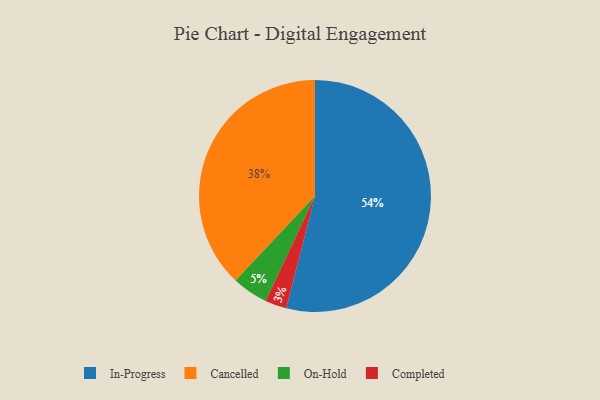
{"axis": {"x": "Category", "y": "Percentage"}, "legend": ["Cancelled", "Completed", "In-Progress", "On-Hold"], "data": [{"x": "On-Hold", "y": 5, "type": "On-Hold"}, {"x": "In-Progress", "y": 54, "type": "In-Progress"}, {"x": "Completed", "y": 3, "type": "Completed"}, {"x": "Cancelled", "y": 38, "type": "Cancelled"}]}